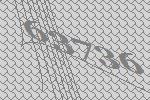
63736